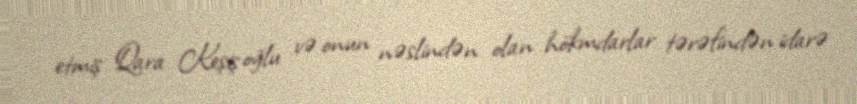
etmiş Qara Keşiş oğlu və onun nəslindən olan hökmdarlar tərəfindən idarə